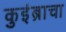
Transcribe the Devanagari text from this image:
कुइंब्राचा